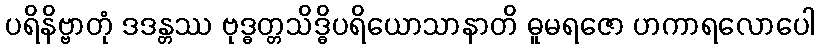
ပရိနိဗ္ဗာတုံ ဒဒန္တဿ ဗုဒ္ဓတ္တသိဒ္ဓိပရိယောသာနာတိ ဓူမရဇော ဟကာရလောပေါ